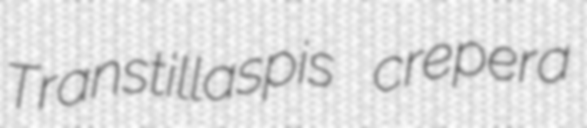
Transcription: Transtillaspis crepera